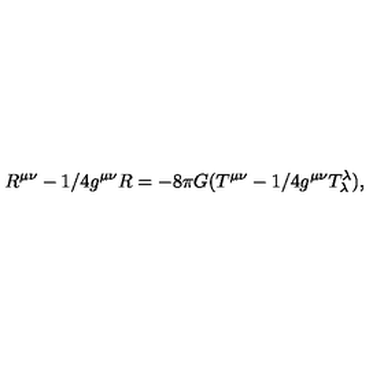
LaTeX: R ^ { \mu \nu } - 1 / 4 g ^ { \mu \nu } R = - 8 \pi G ( T ^ { \mu \nu } - 1 / 4 g ^ { \mu \nu } T _ { \lambda } ^ { \lambda } ) ,